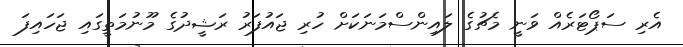
އެރި ސަޕޯޓަރެއް ވަނީ މެޗުގެ ލައިންސްމަނަކަށް ހުރި ޖައުފަރު ރަޝީދުގެ މޫނުމަތީގައި ޖަހައިފަ